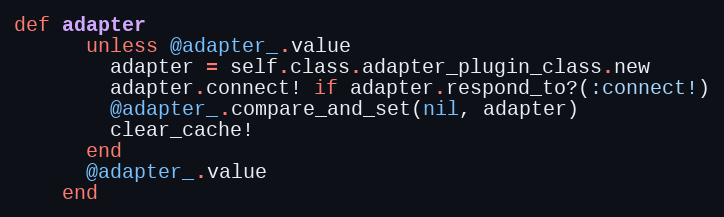
Language: Ruby
def adapter
      unless @adapter_.value
        adapter = self.class.adapter_plugin_class.new
        adapter.connect! if adapter.respond_to?(:connect!)
        @adapter_.compare_and_set(nil, adapter)
        clear_cache!
      end
      @adapter_.value
    end